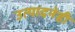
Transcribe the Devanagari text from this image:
उत्पादनेही